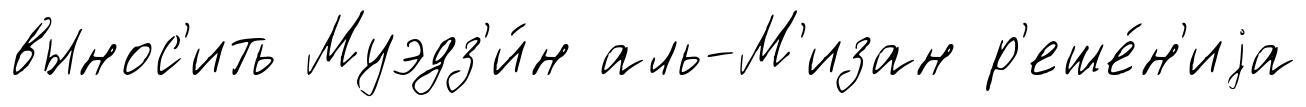
вынос'ить Муэдз'и́н аль-М'изан р'еше́н'иjа